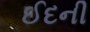
ઈદની